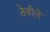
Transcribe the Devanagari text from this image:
ठेवीले